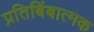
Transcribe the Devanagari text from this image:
प्रतिबिंबात्मक